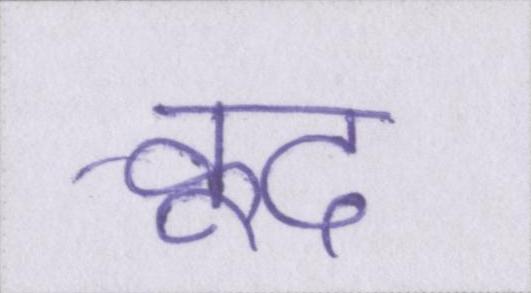
कूद